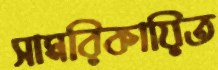
সামরিকায়িত